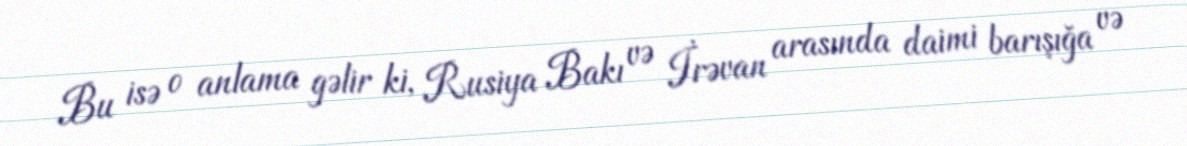
Bu isə o anlama gəlir ki, Rusiya Bakı və İrəvan arasında daimi barışığa və